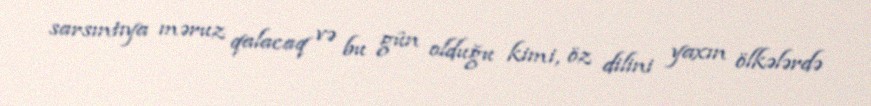
sarsıntıya məruz qalacaq və bu gün olduğu kimi, öz dilini yaxın ölkələrdə